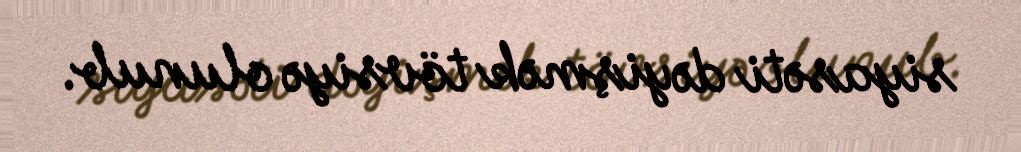
siyasəti dəyişmək tövsiyə olunub.